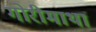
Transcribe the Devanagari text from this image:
गोरीमाथा